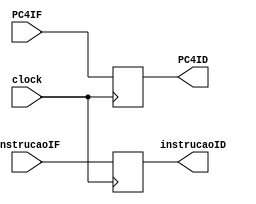
module IFID(clock, PC4IF, instrucaoIF, PC4ID, instrucaoID);
    input clock;
    input [31:0]PC4IF;
    input [31:0]instrucaoIF;

    output reg [31:0]PC4ID;
    output reg [31:0]instrucaoID;

    always @(posedge clock)begin
      PC4ID = PC4IF;
      instrucaoID = instrucaoIF;
    end

endmodule